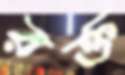
রক্ত